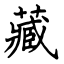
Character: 藏